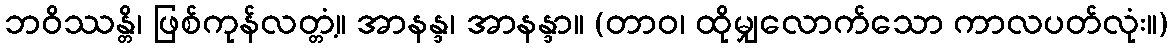
ဘဝိဿန္တိ၊ ဖြစ်ကုန်လတ္တံ့။ အာနန္ဒ၊ အာနန္ဒာ။ (တာဝ၊ ထိုမျှလောက်သော ကာလပတ်လုံး။)